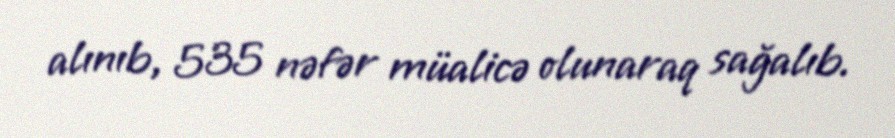
alınıb, 535 nəfər müalicə olunaraq sağalıb.